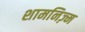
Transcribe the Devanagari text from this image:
शामनिज़्म